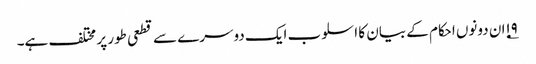
۱۹؂ان دونوں احکام کے بیان کا اسلوب ایک دوسرے سے قطعی طور پر مختلف ہے۔